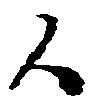
々